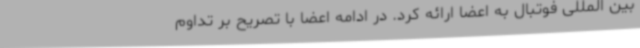
بین المللی فوتبال به اعضا ارائه کرد. در ادامه اعضا با تصریح بر تداوم